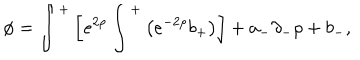
LaTeX: \phi = \int ^ { + } \left[ e ^ { 2 \rho } \int ^ { + } \left( e ^ { - 2 \rho } b _ { + } \right) \right] + a _ { - } \partial _ { - } \rho + b _ { - } ,